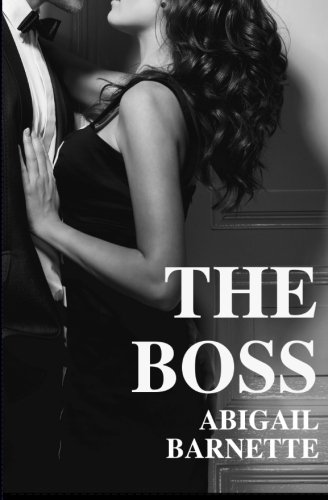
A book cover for The Boss; Abigail Barnette; Romance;